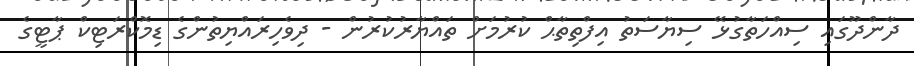
ދާންދޫގައި ސިއްހަތާގުޅޭ ސިޔާސަތު އިފްތިތާޙް ކުރުމަށް ތައްޔާރުކުރުން - ދިވެހިރައްޔިތުންގެ ޑިމޮކްރަޓިކް ޕާޓީގެ